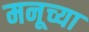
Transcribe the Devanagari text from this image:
मनूच्या